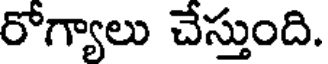
రోగ్యాలు చేస్తుంది.